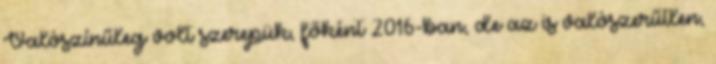
Valószínűleg volt szerepük, főként 2016-ban, de az is valószerűtlen,